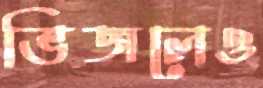
ভিজলেও